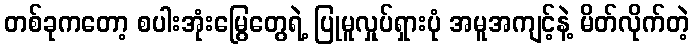
တစ်ခုကတော့ စပါးအုံးမြွေတွေရဲ့ ပြုမူလှုပ်ရှားပုံ အမူအကျင့်နဲ့ မိတ်လိုက်တဲ့